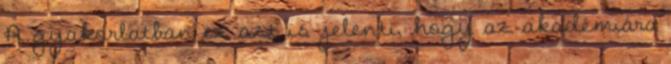
A gyakorlatban ez azt is jelenti, hogy az akadémiára